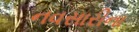
નવસારીના